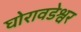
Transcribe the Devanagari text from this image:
घोरावडेश्वर